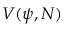
V ( \psi , N )